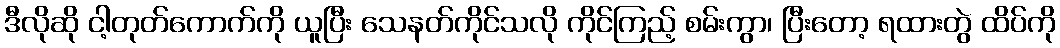
ဒီလိုဆို ငါ့တုတ်ကောက်ကို ယူပြီး သေနတ်ကိုင်သလို ကိုင်ကြည့် စမ်းကွာ၊ ပြီးတော့ ရထားတွဲ ထိပ်ကို